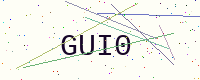
Text: GUI0